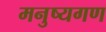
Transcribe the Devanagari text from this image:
मनुष्यगण